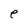
Character: e